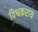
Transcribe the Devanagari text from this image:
विश्वकराय